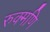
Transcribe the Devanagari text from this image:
रुक्मणि